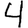
Digit: 4